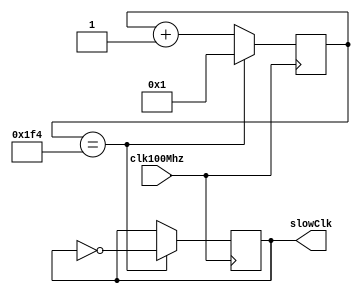
module divider (clk100Mhz, slowClk);
  input clk100Mhz; //fast clock
  output reg slowClk; //slow clock

  reg[27:0] counter;

  initial begin
    counter = 0;
    slowClk = 0;
  end

  always @ (posedge clk100Mhz)
  begin
    if(counter == 500) begin
      counter <= 1;
      slowClk <= ~slowClk;
    end
    else begin
      counter <= counter + 1;
    end
  end

endmodule